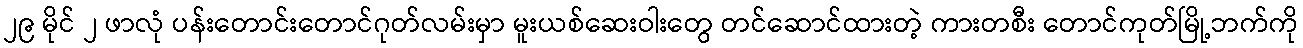
၂၉ မိုင် ၂ ဖာလုံ ပန်းတောင်းတောင်ဂုတ်လမ်းမှာ မူးယစ်ဆေးဝါးတွေ တင်ဆောင်ထားတဲ့ ကားတစီး တောင်ကုတ်မြို့ဘက်ကို